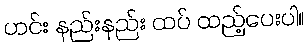
ဟင်း နည်းနည်း ထပ် ထည့်ပေးပါ။